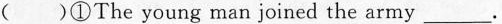
( )①The young man joined the army___.